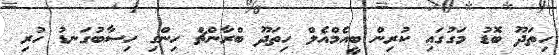
ހިތަދޫ ބޮޑު މަގުގައި ކުރިން ބީއެމްއެލް ހިތަދޫ ބްރާންޗް ހިންގި ހިސާބުގަނޑު ހުރި